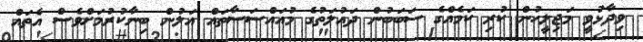
ވިދާޅުވީ މަޖިލީހުން ކުރި ކަމެއްްގެ ސަބަބުން ދައުލަތުގެ މުއައްސަސާތައް އަލުން ބިނާކުރުމަށްވެސް އެތައް